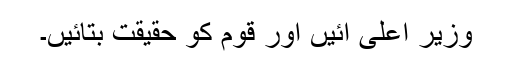
وزیر اعلیٰ آئیں اور قوم کو حقیقت بتائیں۔